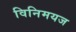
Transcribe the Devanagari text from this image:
विनिमयज